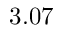
3 . 0 7